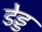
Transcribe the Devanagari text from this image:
डेड्ड